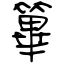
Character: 篳